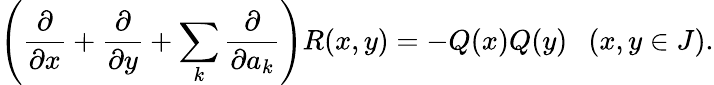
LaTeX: \left({\frac{\partial}{\partial x}}+{\frac{\partial}{\partial y}}+\sum_{k}{\frac{\partial}{\partial a_{k}}}\right)R(x,y)=-Q(x)Q(y)\ \ \ (x,y\in J).